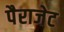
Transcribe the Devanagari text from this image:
पैराजेट